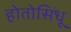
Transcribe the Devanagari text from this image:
होतोसिंधू